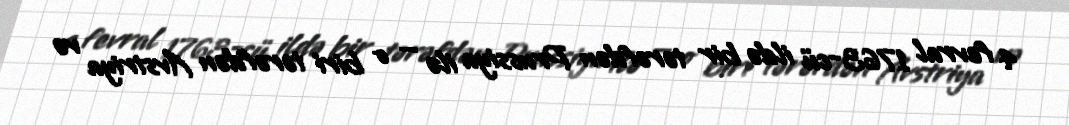
4 fevral 1763-cü ildə bir tərəfdən Prussiya ilə — o biri tərəfdən Avstriya və